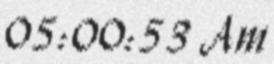
05:00:53 Am